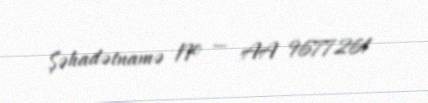
Şəhadətnamə № — AA 9677261